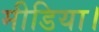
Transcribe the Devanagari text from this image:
मीडिया।